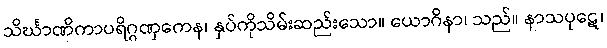
သိင်္ဃာဏိကာပရိဂ္ဂဏှကေန၊ နှပ်ကိုသိမ်းဆည်းသော။ ယောဂိနာ၊ သည်။ နာသပုဋေ၊